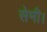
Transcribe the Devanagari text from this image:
सेमी।